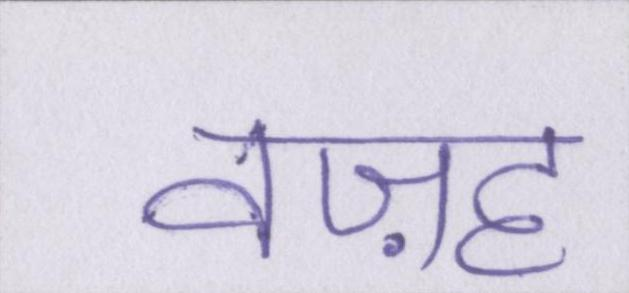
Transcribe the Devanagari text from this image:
वज़ह